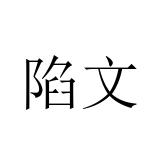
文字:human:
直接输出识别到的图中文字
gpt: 陷文